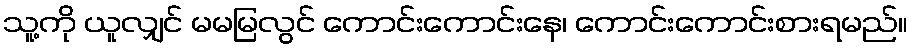
သူ့ကို ယူလျှင် မမမြလွင် ကောင်းကောင်းနေ၊ ကောင်းကောင်းစားရမည်။